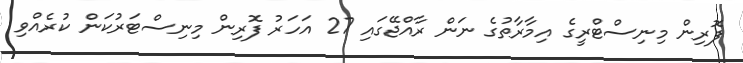
ފޮރިން މިނިސްޓްރީގެ އިމާރާތުގެ ނަން ރާއްޖޭގައި 27 އަހަރު ފޮރިން މިނިސްޓަރުކަން ކުރެއްވި